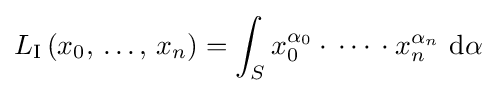
L_{\text{I}}\left(x_{0},\,\dots ,\,x_{n}\right)=\int _{S}x_{0}^{\alpha _{0}}\cdot \,\cdots \,\cdot x_{n}^{\alpha _{n}}\ \mathrm {d} \alpha